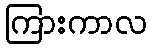
ကြားကာလ